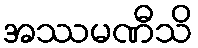
အဿမဏီသိ